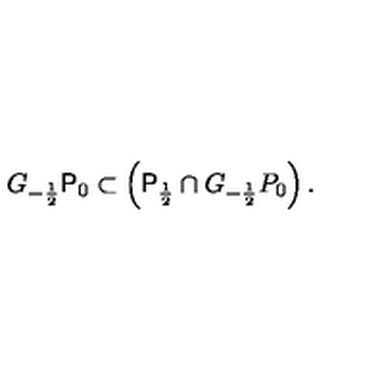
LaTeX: G _ { - \frac { 1 } { 2 } } \mathrm { \sf P } _ { 0 } \subset \left( \mathrm { \sf P } _ { \frac { 1 } { 2 } } \cap G _ { - \frac { 1 } { 2 } } P _ { 0 } \right) .